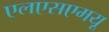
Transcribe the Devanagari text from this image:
एलएसएमयू